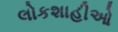
લોકશાહીઓ